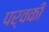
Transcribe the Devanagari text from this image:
पर्वकी